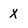
Character: X